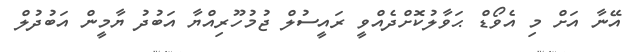
އޭނާ އަށް މި އެވޯޑް ޙަވާލުކޮށްދެއްވީ ރައީސުލް ޖުމުހޫރިއްޔާ އަބުދު ޔާމީން އަބުދުލް